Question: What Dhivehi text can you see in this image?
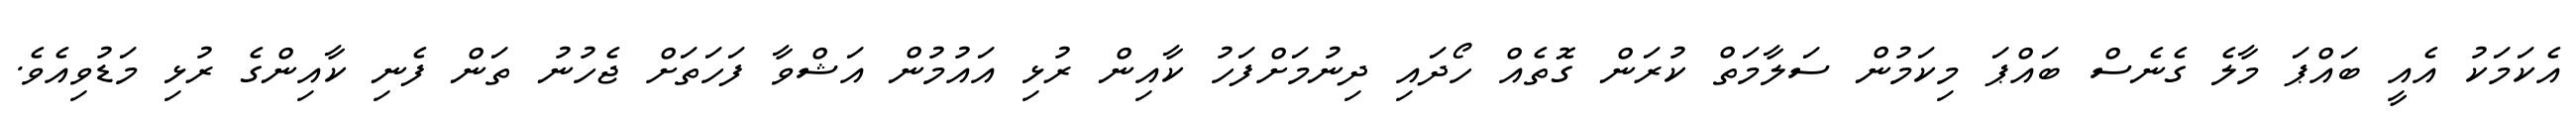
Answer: އެކަމަކު އެއީ ބައްޕަ މާލެ ގެނެސް ބައްޕަ މިކަމުން ސަލާމަތް ކުރަން ގޮތެއް ހޯދައި ދިނުމަށްފަހު ކާއިން ރުޅި އައުމުން އަޝްވާ ފަހަތަށް ޖެހުނު ތަން ފެނި ކާއިންގެ ރުޅި މަޑުވިއެވެ.